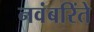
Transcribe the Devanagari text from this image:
नवंबरिंते